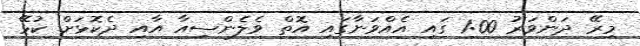
މިރޭ ދަންވަރު 1:00 ގައި އެއްވަނާގައި އޮތް ވެލެންސިއާ އާއި ދެކޮޅަށް ކުޅޭ